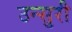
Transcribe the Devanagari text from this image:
उन्सुरी